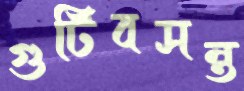
গুটিবসন্ত